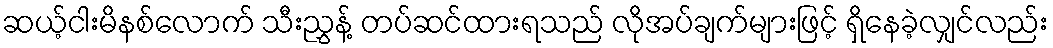
ဆယ့်ငါးမိနစ်လောက် သီးညွှန့် တပ်ဆင်ထားရသည် လိုအပ်ချက်များဖြင့် ရှိနေခဲ့လျှင်လည်း